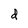
Character: d